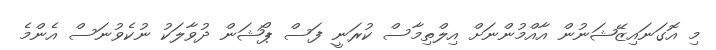
މި އޮގަނައިޒޭޝަނުން އާއްމުންނަށް އިލްތިމާސް ކުރަނީ ފަސް ޕޯޝަން ދުވާލަކު ނުކެވުނަސް އެންމެ